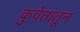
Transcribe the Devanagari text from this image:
कुवेतातून